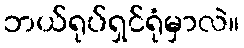
ဘယ်ရုပ်ရှင်ရုံမှာလဲ။